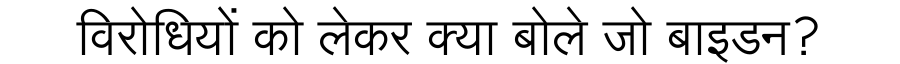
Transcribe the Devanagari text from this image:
विरोधियों को लेकर क्या बोले जो बाइडन?